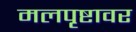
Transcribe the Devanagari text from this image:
मलपृष्टावर